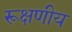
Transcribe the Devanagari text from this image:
रूक्षणीय